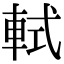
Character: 軾